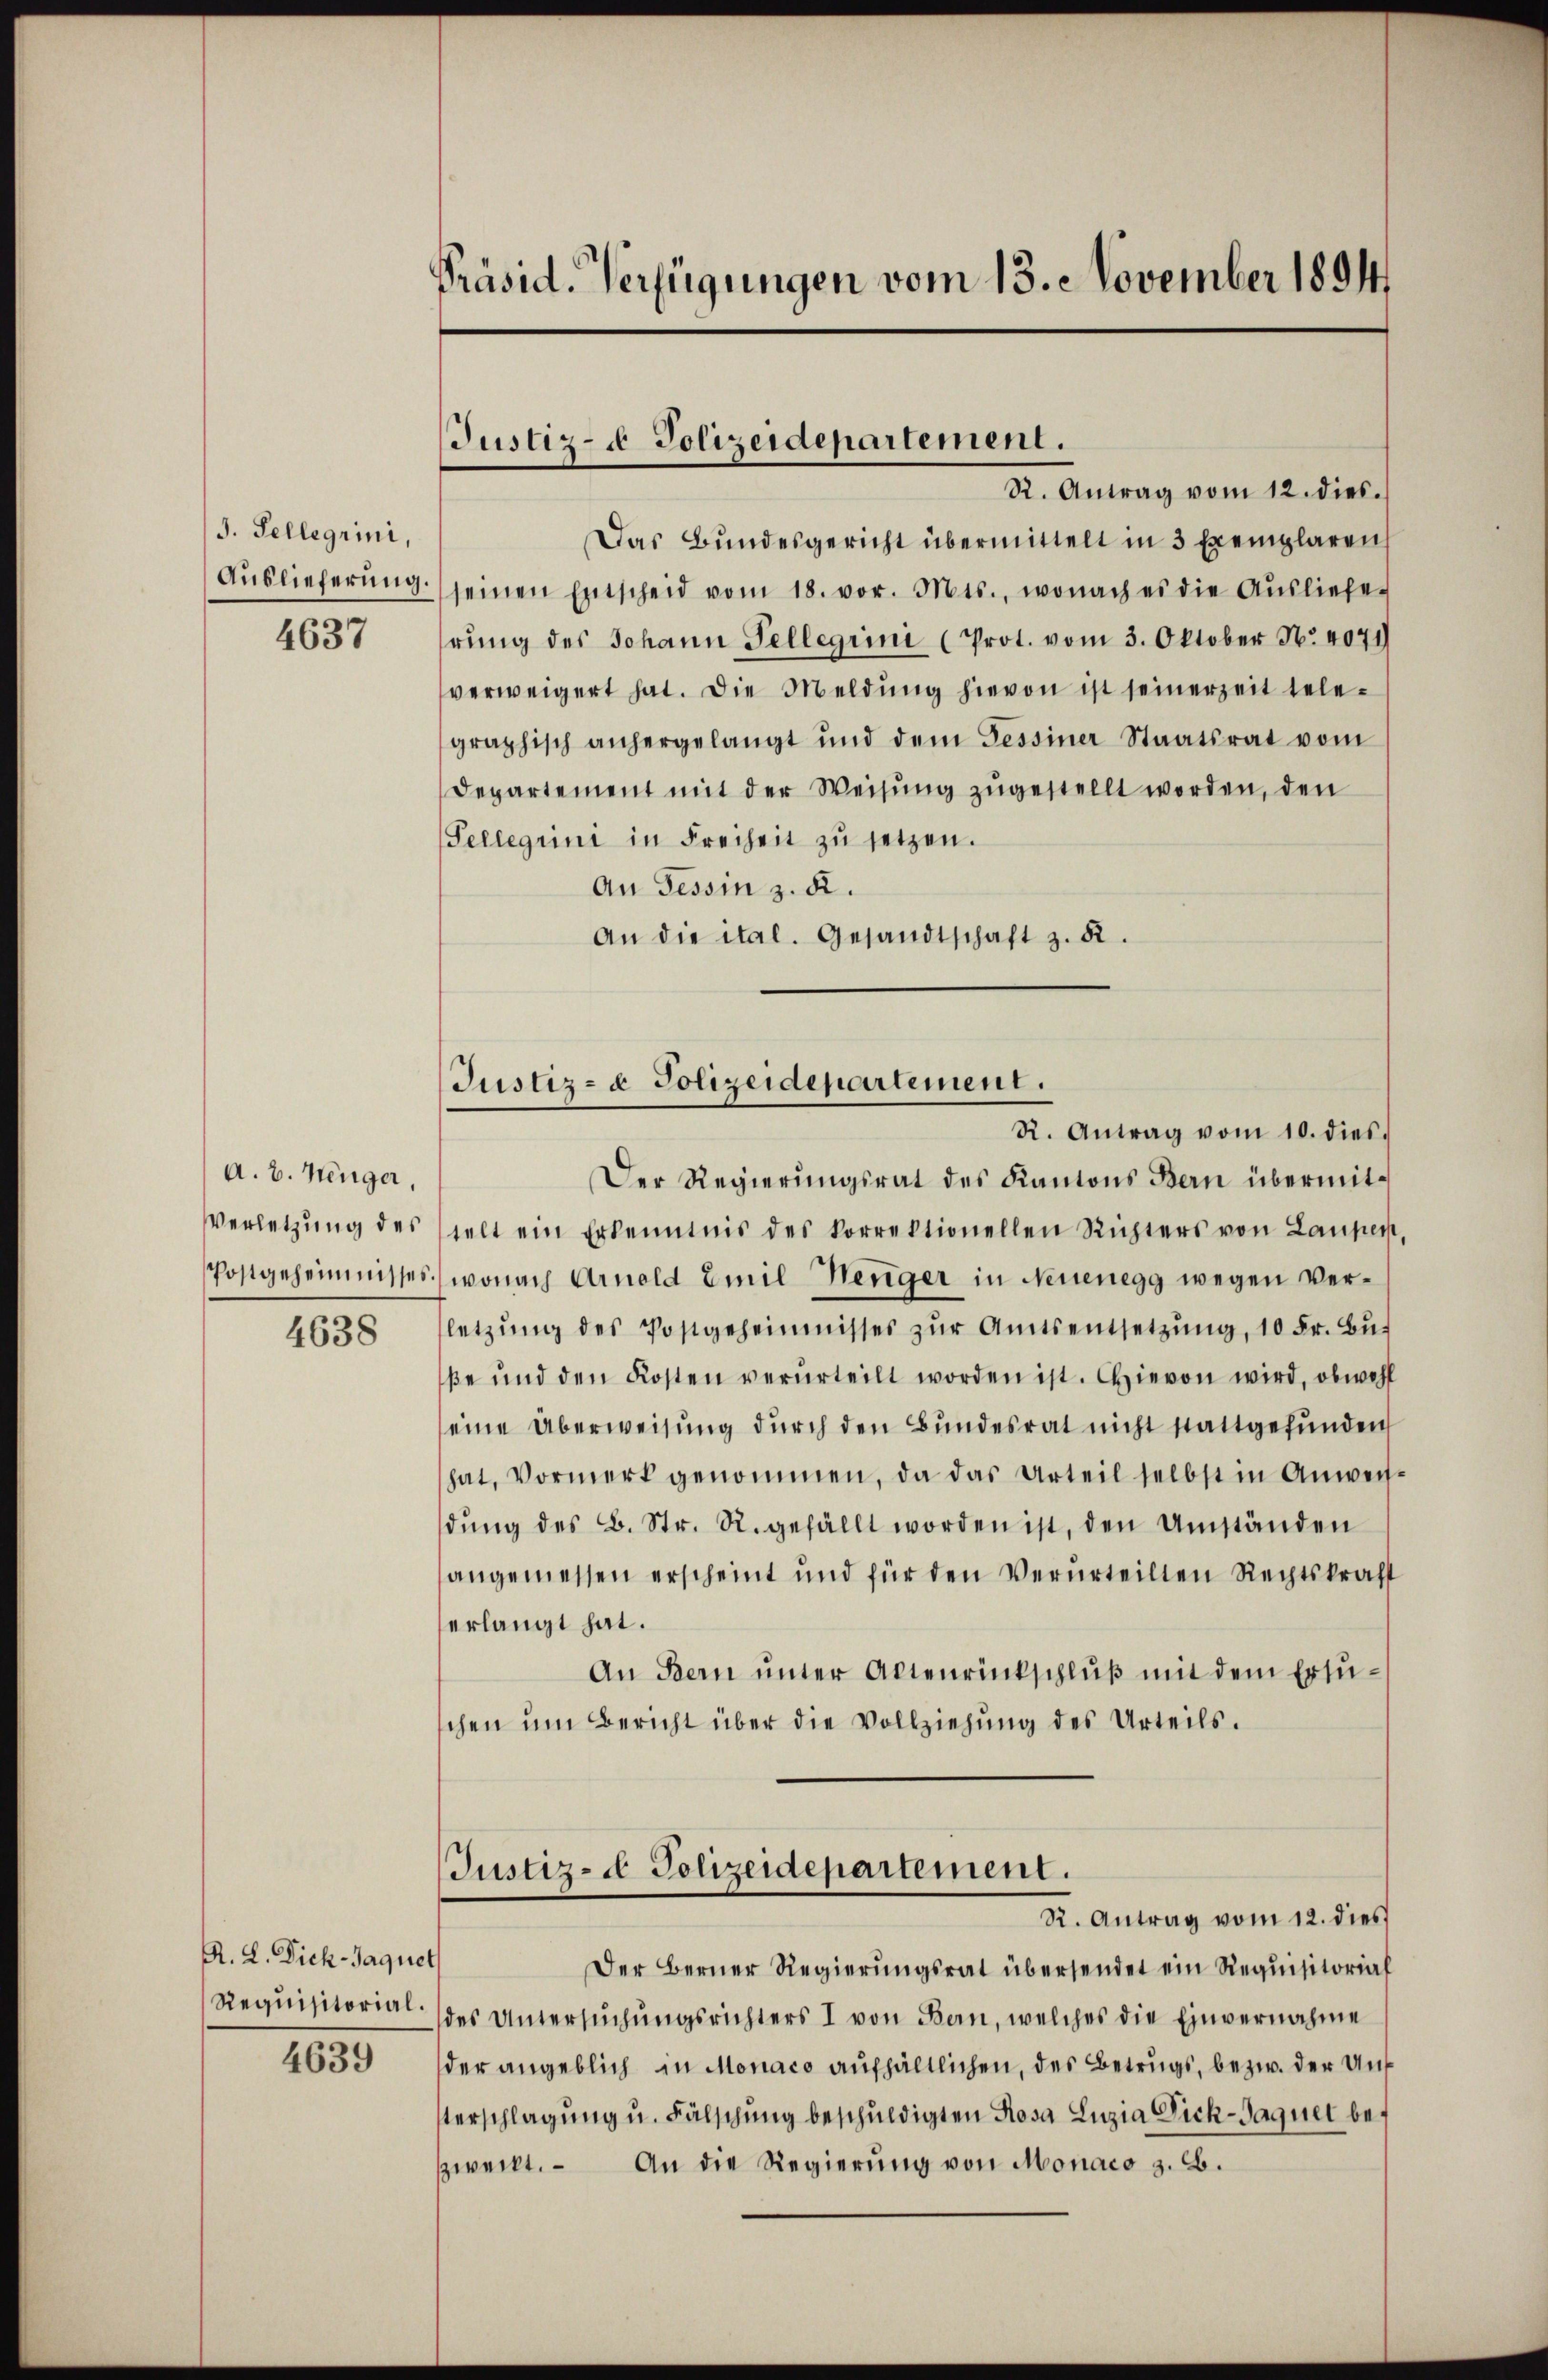
J. Sellegrini,
Auslieferung.
4637

A. v. Menger,
Verletzung des
Postgeheimnisses

4638

R. L. Dick-Jaquet
Requisitorial.

4639

Präsid. Verfügungen vom 13. November 1894

Justiz- & Polizeidepartement.
St. Antrag vom 12. dies.

Das Bundesgericht übermittelt in 3 Exemplarens
seinen Entscheid vom 18. vor. Mts., wonach es die Aŭsliefe
rŭng des Johann Tellegiini (Prot. vom 3. Oktober N. 4071
verweigert hat. Die Meldŭng hievon ist seinerzeit tele-
graphisch anhergelangt und dem Tessiner Staatsrat vom
Departement mit der Weisung zugestellt worden, den
Tellegiini in Freiheit zŭ setzen.
An Tessin z. B.
An die ital. Gesandtschaft z. B.

Justiz- & Polizeidepartement.
R. Antrag vom 10. dies

Der Regierungsrat des Kantons Bern übermittelt ein Erkenntnis des korrektionellen Richters von Laupen
wonach Arnold Emil Neuger in Neuenegg wegen Verletzŭng des Postgeheimnisses zŭr Amtsentsetzŭng, 10 Fr. Bŭ
βe ŭnd den Kosten verurteilt worden ist. Hievon wird, obwohl
eine Überweisung dŭrch den Bundesrat nicht stattgefŭnden
hat, Vormerk genommen, da das Urteil selbst in Anweisdŭng des B. Str. R. gefällt worden ist, den Umständen
angemessen erscheint und für den Verurteilten Rechtskraft
erlangt hat.
An Bern ŭnter Altenrückschlŭβ mit dem Ersuchen ŭm Bericht über die Vollziehŭng des Urteils.
Justiz- & Polizeidepartement.
R. Antrag vom 12. dies
Der Berner Regierungsrat übersendet ein Requisitorial
des Untersuchungsrichters I von Bern, welches die Einvernahme
der angeblich in Monaco aufhältlichen, des Betrugs, bezw. der Un¬
Verschlagung u. Fälschung beschuldigten Rosa Luzia Dich-Paquer bezweckt. An die Regierung von Monaco z. B.